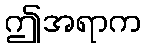
ဤအရာက